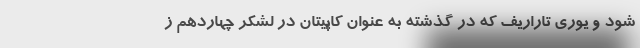
شود و یوری تاراریف که در گذشته به عنوان کاپیتان در لشکر چهاردهم ز